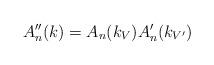
LaTeX: \begin{align*} A''_n(k) = A_n(k_V) A'_n(k_{V'}) \end{align*}